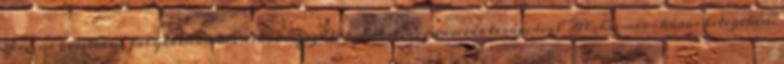
Irvine keretében folytatnak klinikai vizsgálatokat niacinamide terápiával Alzheimer-kóros betegeken.